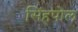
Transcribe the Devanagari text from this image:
सिंहपोल